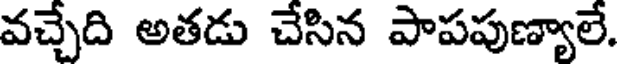
వచ్చేది అతడు చేసిన పాపపుణ్యాలే.